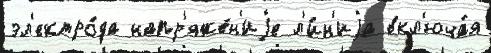
эл'ектро́да напр'яже́н'иjе л'и́н'иjа вкл'юча́я